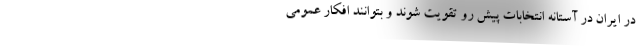
در ایران در آستانه انتخابات پیش رو تقویت شوند و بتوانند افکار عمومی